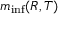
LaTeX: m _ { \operatorname* { i n f } } ( R , T )